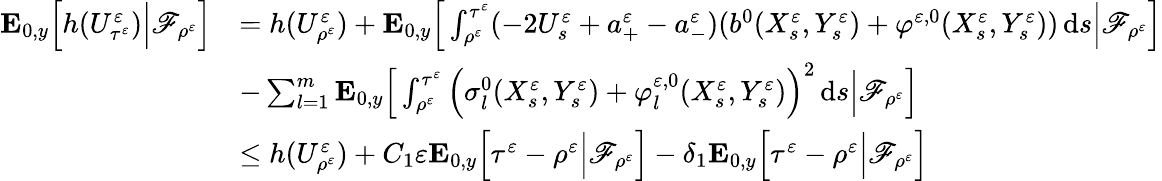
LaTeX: \begin{array}{rl}{\mathbf{E}_{0,y}\Big[h(U_{\tau^{\varepsilon}}^{\varepsilon})\Big|\mathscr{F}_{\rho^{\varepsilon}}\Big]}&{=h(U_{\rho^{\varepsilon}}^{\varepsilon})+\mathbf{E}_{0,y}\Big[\int_{\rho^{\varepsilon}}^{\tau^{\varepsilon}}(-2U_{s}^{\varepsilon}+a_{+}^{\varepsilon}-a_{-}^{\varepsilon})(b^{0}(X_{s}^{\varepsilon},Y_{s}^{\varepsilon})+\varphi^{\varepsilon,0}(X_{s}^{\varepsilon},Y_{s}^{\varepsilon}))\, \mathrm{d}s\Big|\mathscr{F}_{\rho^{\varepsilon}}\Big]}\\ &{-\sum_{l=1}^{m}\mathbf{E}_{0,y}\Big[\int_{\rho^{\varepsilon}}^{\tau^{\varepsilon}}\Big(\sigma_{l}^{0}(X_{s}^{\varepsilon},Y_{s}^{\varepsilon})+\varphi_{l}^{\varepsilon,0}(X_{s}^{\varepsilon},Y_{s}^{\varepsilon})\Big)^{2}\, \mathrm{d}s\Big|\mathscr{F}_{\rho^{\varepsilon}}\Big]}\\ &{\leq h(U_{\rho^{\varepsilon}}^{\varepsilon})+C_{1}\varepsilon\mathbf{E}_{0,y}\Big[\tau^{\varepsilon}-\rho^{\varepsilon}\Big|\mathscr{F}_{\rho^{\varepsilon}}\Big]-\delta_{1}\mathbf{E}_{0,y}\Big[\tau^{\varepsilon}-\rho^{\varepsilon}\Big|\mathscr{F}_{\rho^{\varepsilon}}\Big]}\end{array}